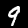
Digit: 9